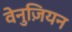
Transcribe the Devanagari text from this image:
वेनुज़ियन